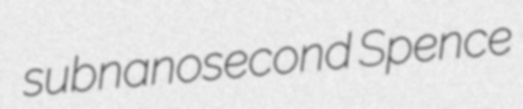
subnanosecond Spence